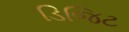
ડિજિટ